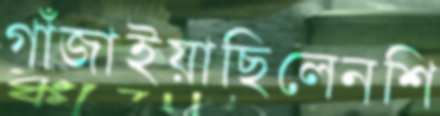
গাঁজাইয়াছিলেনশি